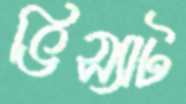
ভিস্যাট